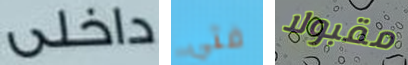
داخلي فتي مقبولا